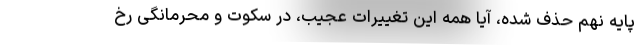
پایه نهم حذف شده، آیا همه این تغییرات عجیب، در سکوت و محرمانگی رخ